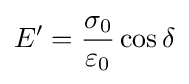
E'={\frac {\sigma _{0}}{\varepsilon _{0}}}\cos \delta